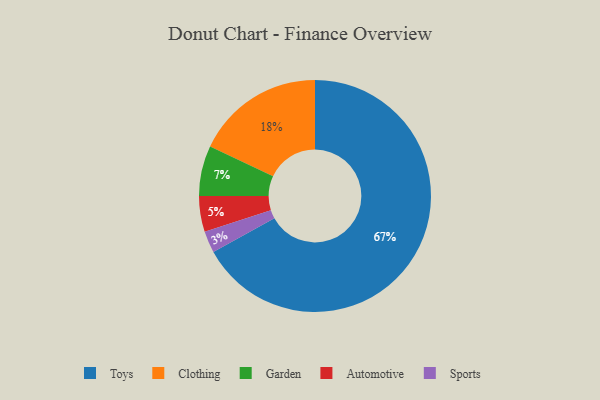
{"axis": {"x": "Category", "y": "Percentage"}, "legend": ["Automotive", "Clothing", "Garden", "Sports", "Toys"], "data": [{"x": "Garden", "y": 7, "type": "Garden"}, {"x": "Toys", "y": 67, "type": "Toys"}, {"x": "Clothing", "y": 18, "type": "Clothing"}, {"x": "Sports", "y": 3, "type": "Sports"}, {"x": "Automotive", "y": 5, "type": "Automotive"}]}